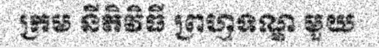
ក្រម នីតិវិធី ព្រហ្មទណ្ឌ មួយ